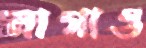
লাগাও